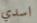
اسدي